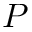
P